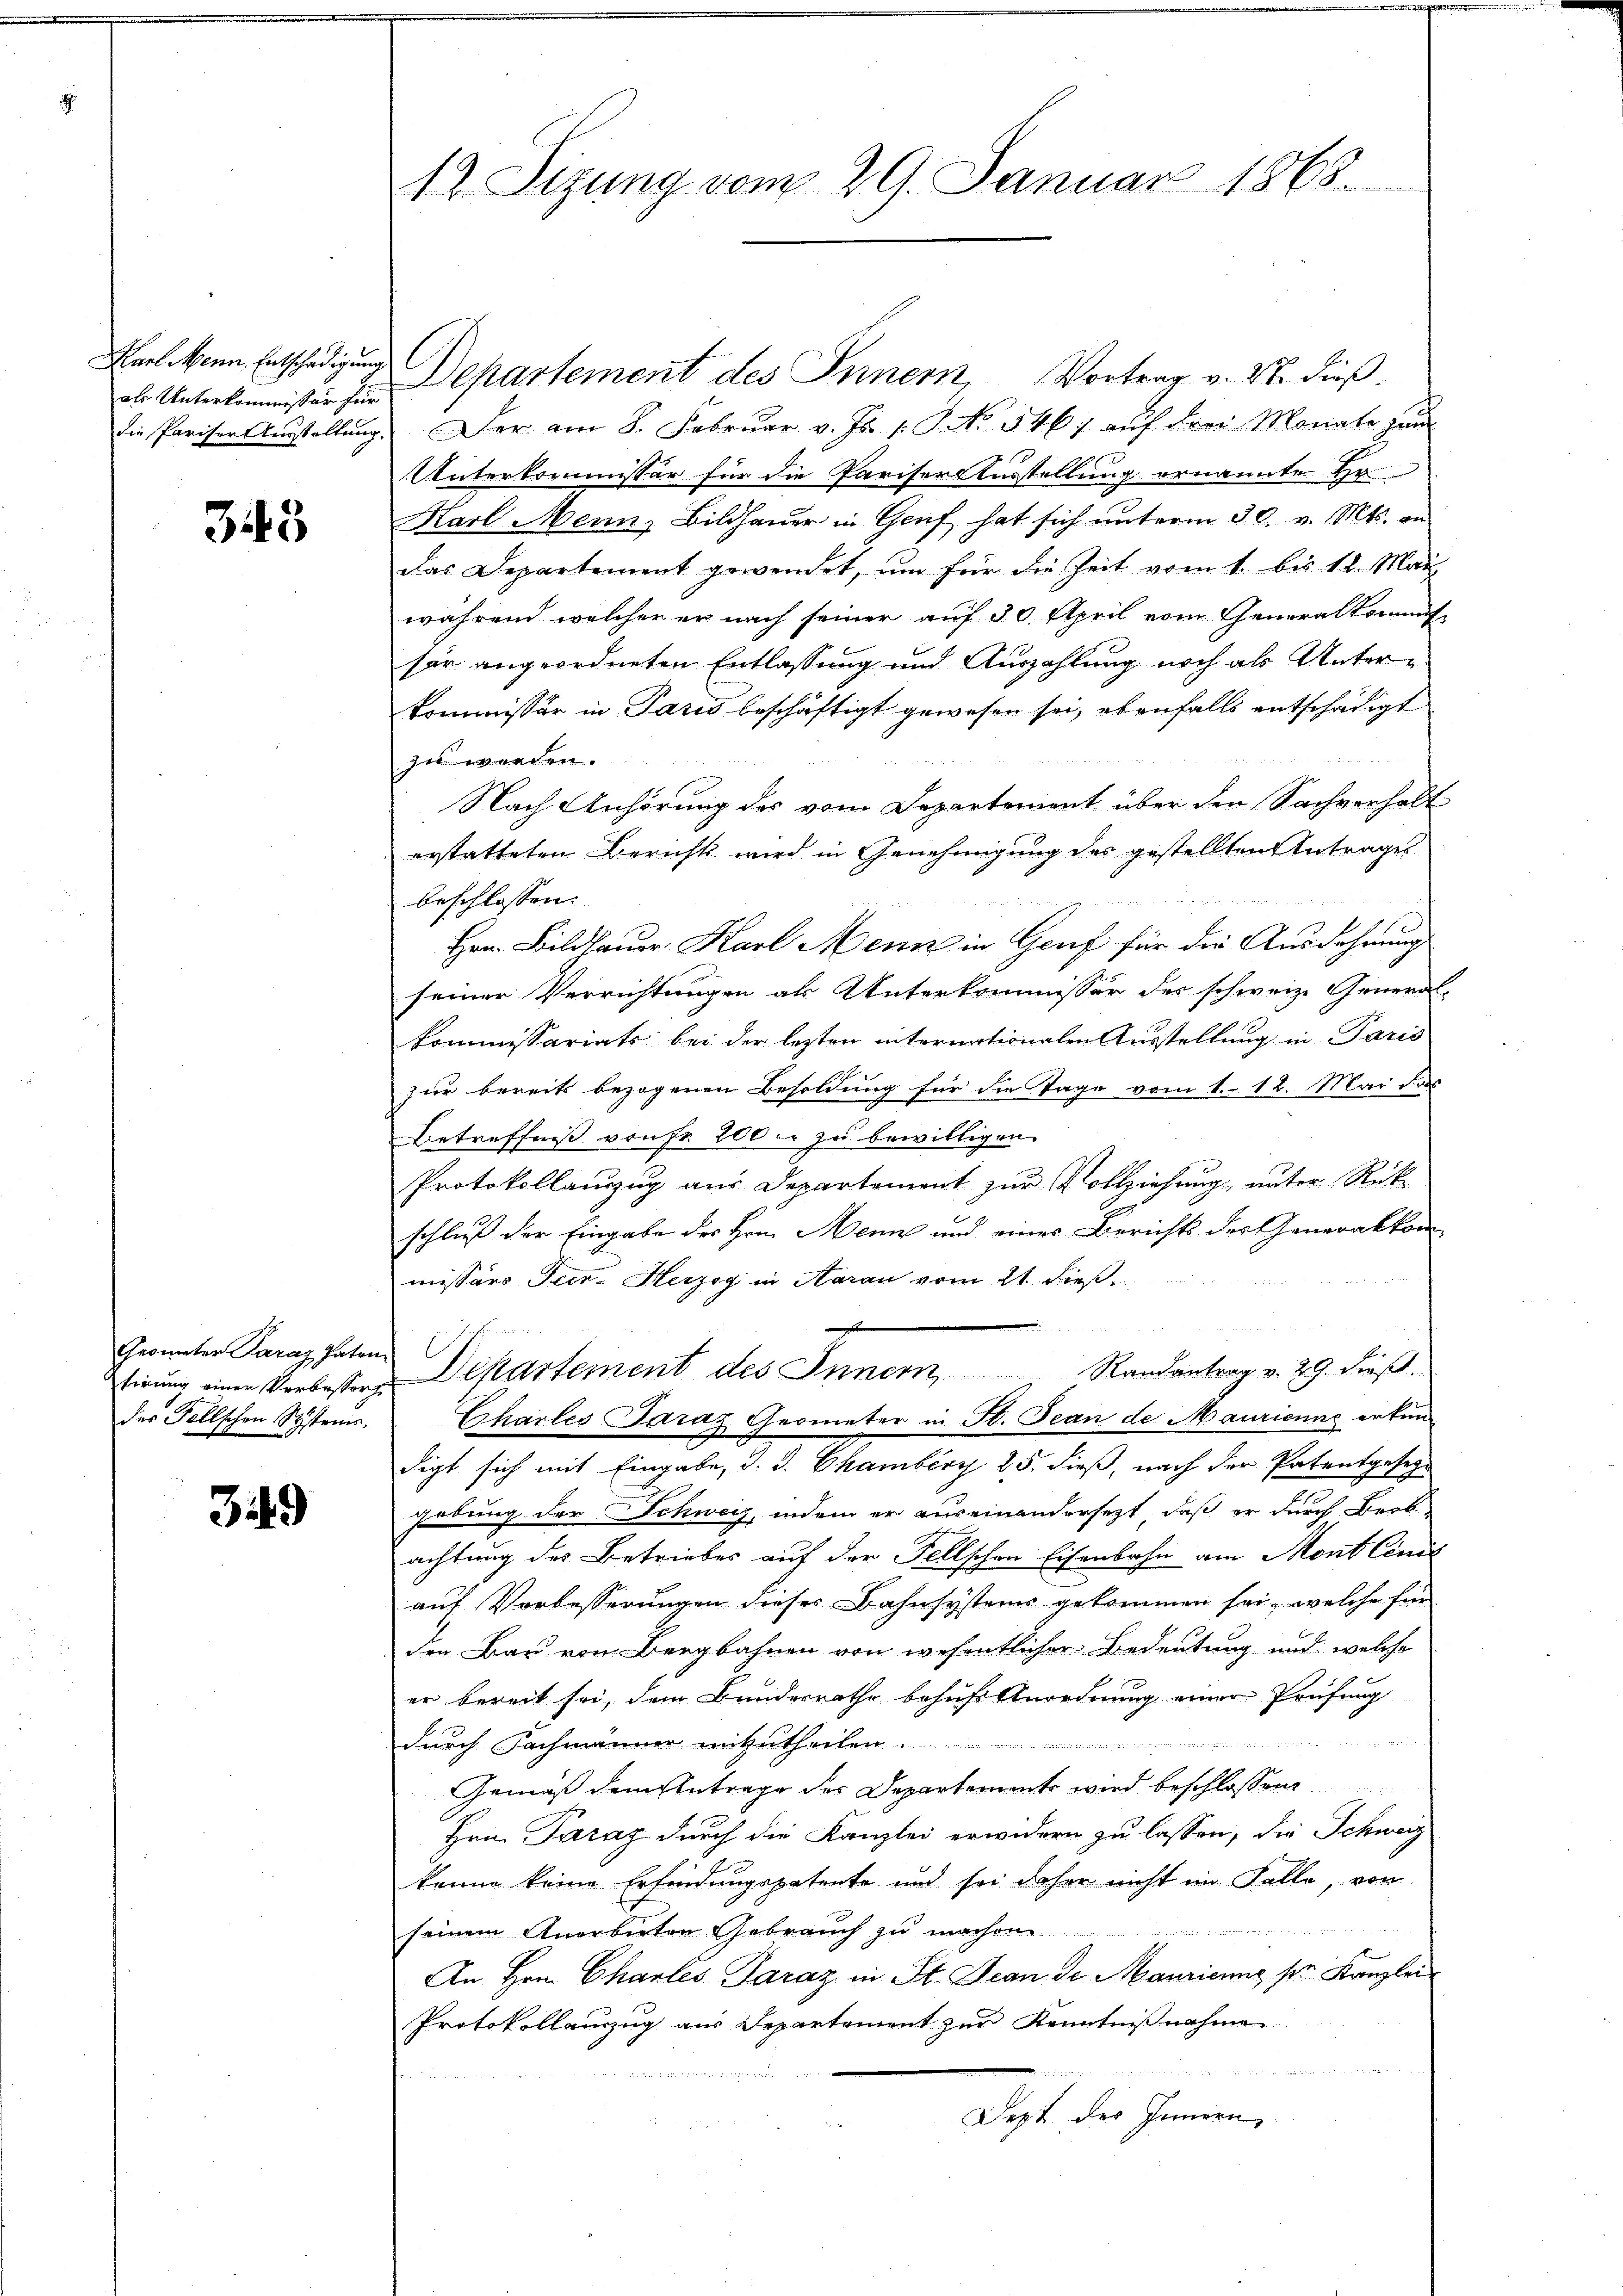
als Unterkommissär für

343

Grometer Paraz Paten.

349

Karl kann, Entschädigung Departement des Innern, Vortrag v. 27. dieß.
die Pariser Ausstellŭng der am 8. Februar v. Js. v. J. No. 5461 auf drei Monate gan
Unterkommissär für die Pariser Ausstellung ernannte Ho
Harl Menn, Bildhauer in Gruf hat sich unterm 30. v. Mts. an
das Departement gewendet, ŭm für die Zeit vom 1. bis 12. Mai
während welcher er nach seiner auf 30. April vom Generalkommis
sar angeordneten Entlassung und Auszahlung noch als Unterkommissär in Paris beschäftigt gewesen sei, ebenfalls entschädigt

zu werden.
Nach Anhörung des vom Departement über den Sachverhalt
erstatteten Berichts wird in Genehmigung des gestellten Antrages
beschlossen:
Hrn. Bildhauer, Karl Mein in Genf für die Ausdehnung
seiner Verrichtungen als Unterkommissor des schweiz. General-
kommissariats bei der lezten internationalen Ausstellung in Paris
zur bereits bezogenen Besoldung für die Tage vom 1. 12. Mai das
Betreffnis vruhe 200. zu bewilligen.
Protokollauszug aus Departement zur Vollziehung, unter Rück-
u
schluß der Eingabe des Hrn. Henn und eines Berichts der Generakkom
missärs Tier Herzeg in Aarau vom 21. dieß
st
tirŭng einen Verbesser Departement des Innern Randantrag v. 29. dieß.
des Fellschen System. " Charles Saraz Geometer in St. Jean de Maurienne erken-
digt sich mit Eingabe, d. J. Chamberg 25. dieß, nach der Patentgesetz-
gebung der Schweiz, indem er auseinandersezt, daß er durch Beob-
achtung des Betriebes auf der Fellschen Eisenbahn am Mont Cinit
auf Vorbesserungen dieses Bahnsystems gekommen sei, welche für
den Bau von Bergbahnen von wesentlicher Bedeutung und welche
er bereit sei, dem Bundesrathe behufs Anordnung einer Prüfung
n
durch Fachmänner mitzutheilen ................
Gemäß dem Antrage der Departements wird beschlossene
Hein Parag durch die Kanzlei erwidern zu lassen, die Schweiz
könne keine Erfindungspatente und sei daher nicht im Falle, von

seinem Anerbieten Gebrauch zŭ machen.
An Hrn. Chartes Paraz in St. Jean de Maurienne ser Kanzlei
Protokollauszug aus Departement zur Kenntnißnahme
e
, 1. 2
Dept des Innern,

12. Sizung vom 29. Januar 1868.